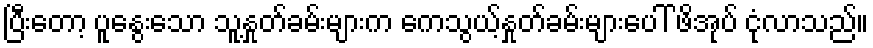
ပြီးတော့ ပူနွေးသော သူ့နှုတ်ခမ်းများက ကေသွယ့်နှုတ်ခမ်းများပေါ် ဖိအုပ် ငုံလာသည်။